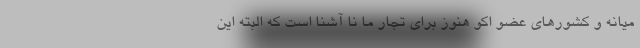
میانه و کشورهای عضو اکو هنوز برای تجار ما نا آشنا است که البته این